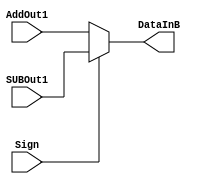
module mux1(input  [7:0]  AddOut1,
	    input  [7:0]  SUBOut1,
	    input  Sign,
	    output [7:0] DataInB);

assign DataInB= Sign ? SUBOut1 : AddOut1;

endmodule